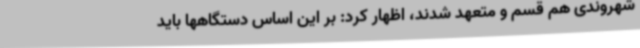
شهروندی هم قسم و متعهد شدند، اظهار کرد: بر این اساس دستگاهها باید